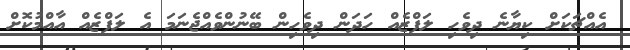
އެއްޗަކަށް ކިޔާނެ ދިވެހި ލަފްޒެއް ހަދަން ދިވެހިން ބޭނުންވެއްޖެނަމަ އެ ލަފްޒެއް އާއްމުކޮށް